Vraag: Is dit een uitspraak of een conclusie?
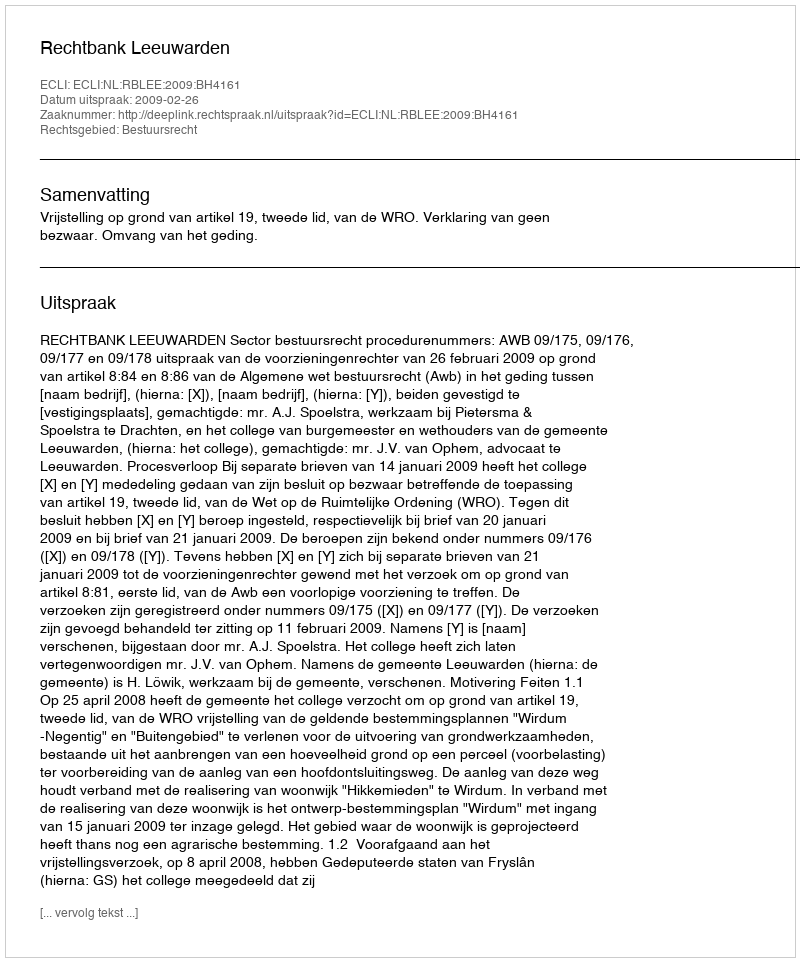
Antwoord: Uitspraak